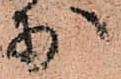
少